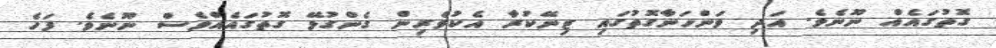
ގޮތުގައެއް ނޫނެވެ. އަދި ވަންހަނާގޮތުގައި ޒިނޭކުރާ އެކުވެރިން ގެންގުޅޭ ގޮތުގައެއްވެސް ނޫނެވެ. ފަހެ